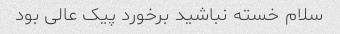
سلام خسته نباشید برخورد پیک عالی بود